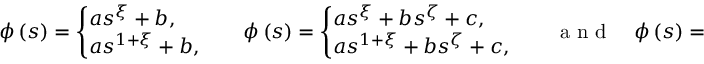
\phi \left( s \right) = \left\{ \! \! \! \begin{array} { l } { a s ^ { \xi } + b , \smallskip } \\ { a s ^ { 1 + \xi } + b , } \end{array} \ \right. \quad \phi \left( s \right) = \left\{ \! \! \! \begin{array} { l } { a s ^ { \xi } + b s ^ { \zeta } + c , \smallskip } \\ { a s ^ { 1 + \xi } + b s ^ { \zeta } + c , } \end{array} \ \right. \quad \mathrm { ~ a ~ n ~ d ~ } \quad \phi \left( s \right) = a s ^ { 2 \xi } + b s ^ { \xi } + c ,